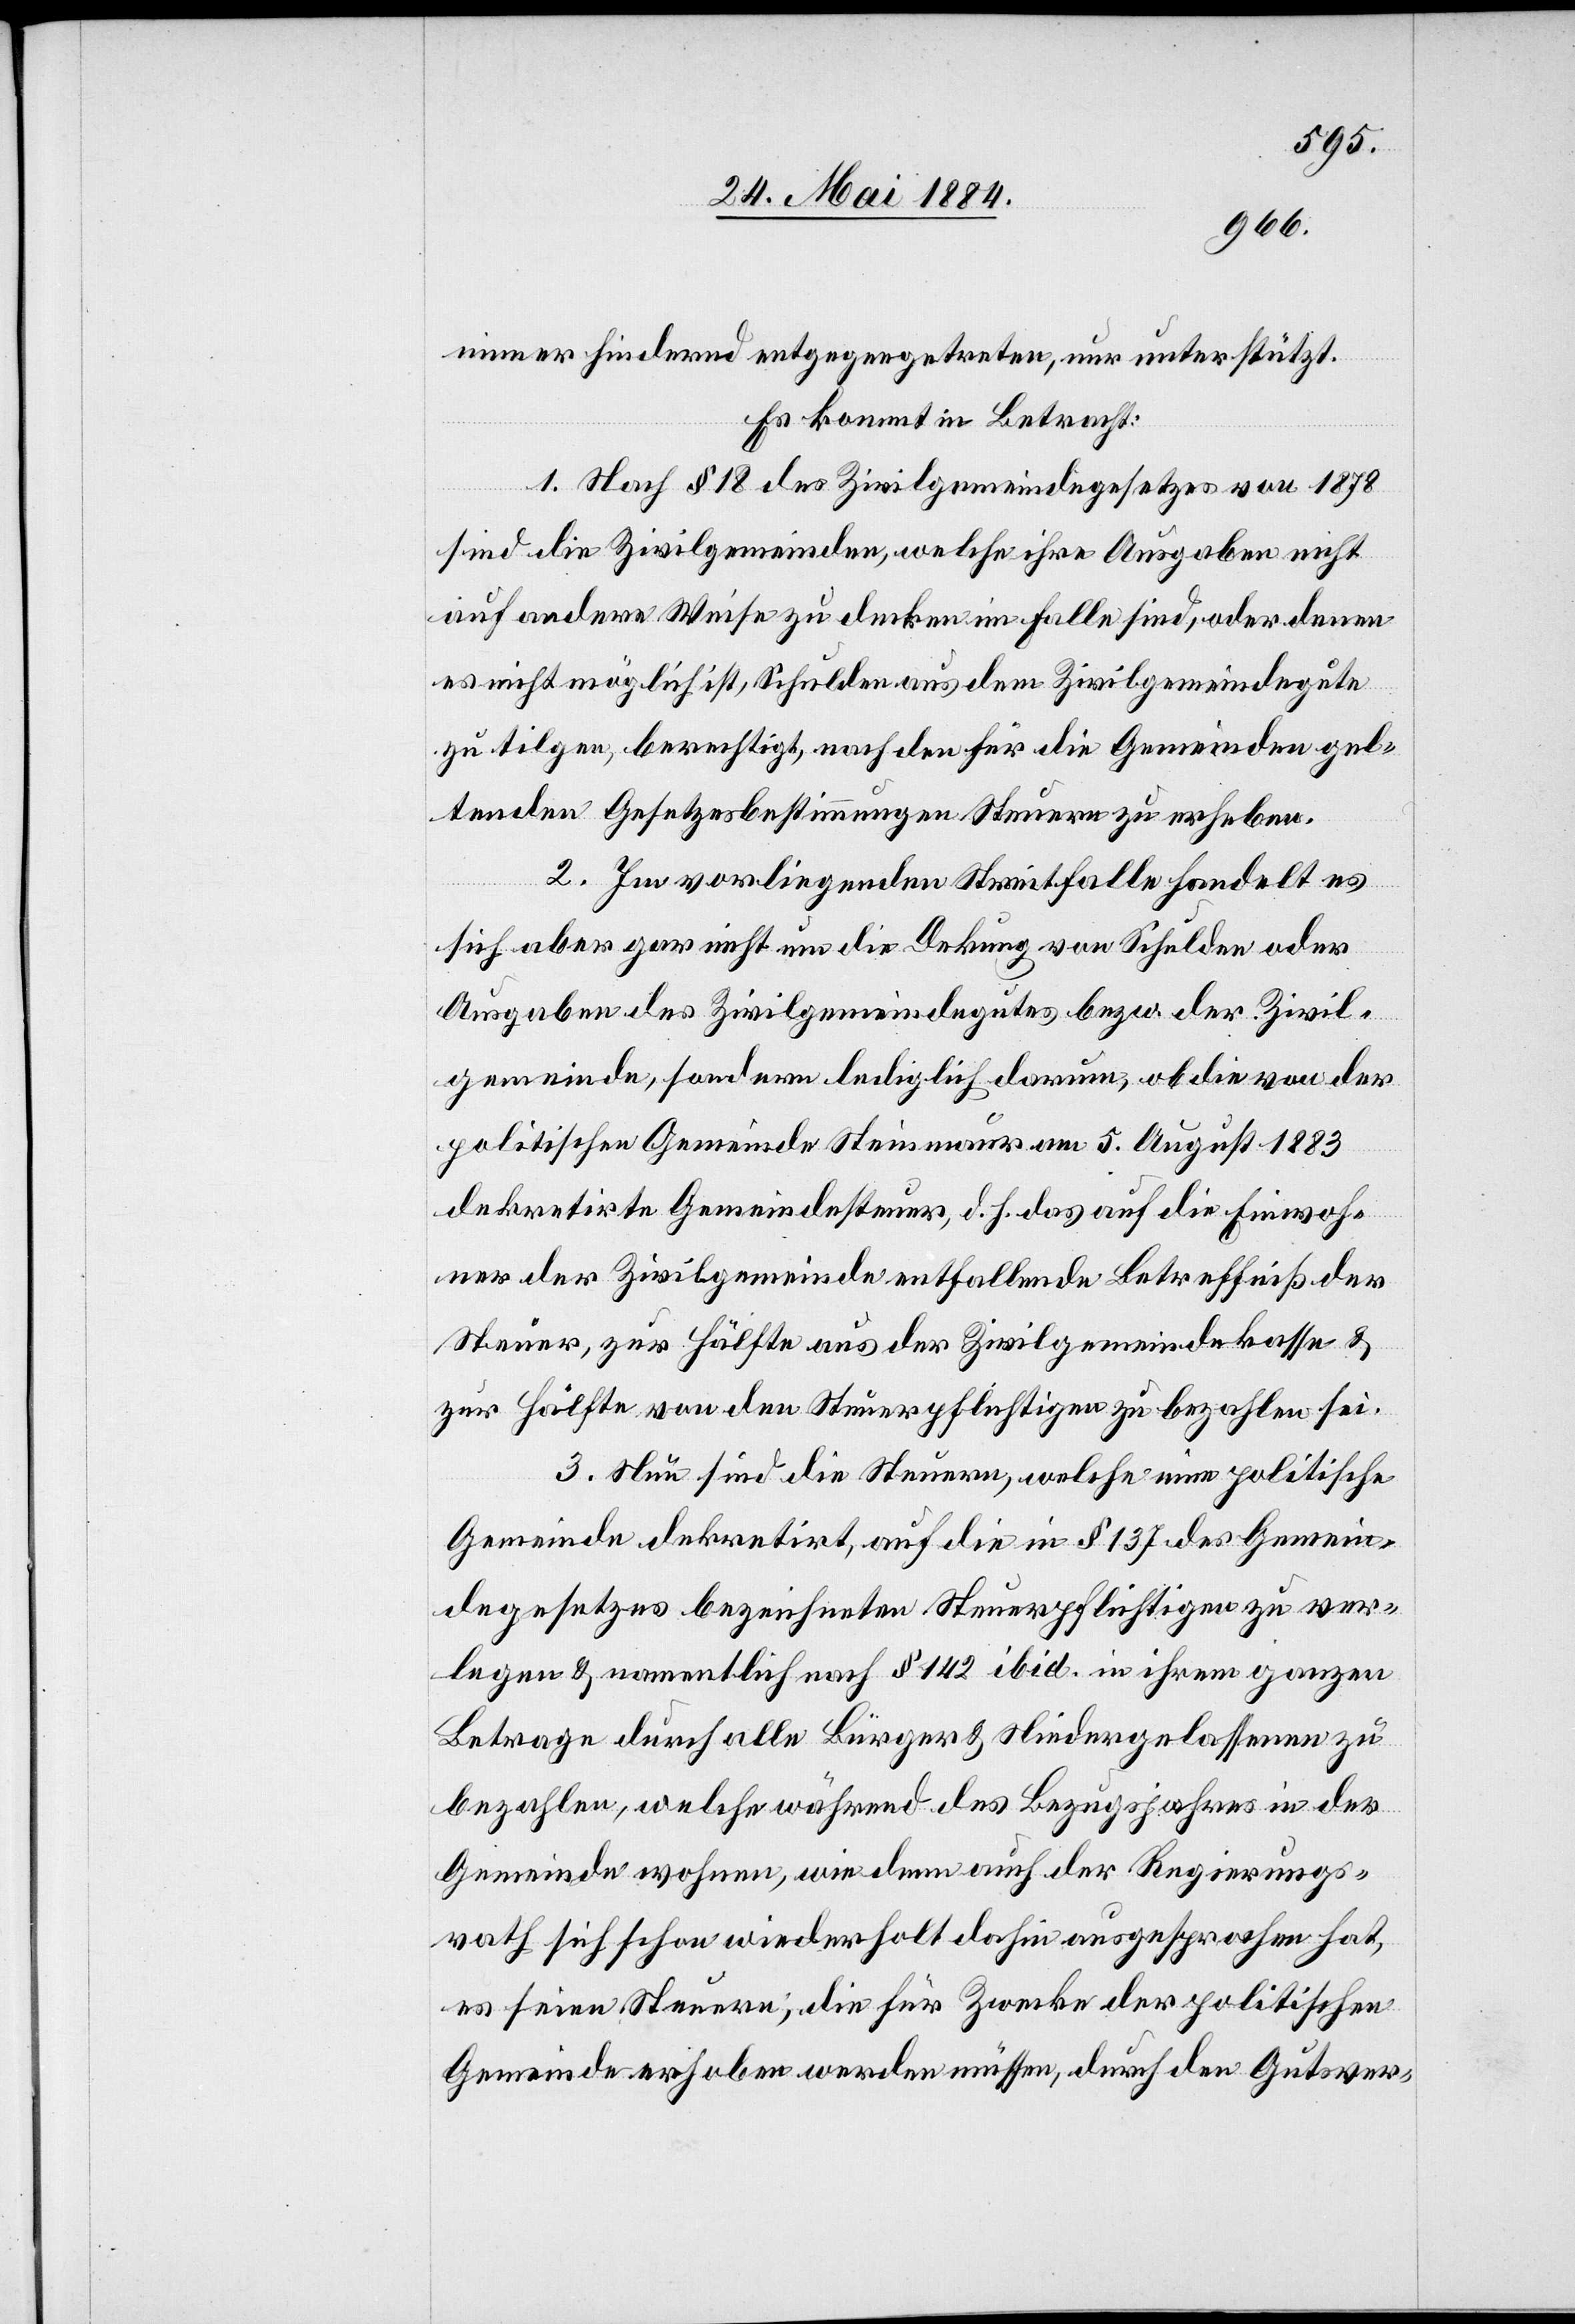
immer hindernd entgegentreten, nur unterstützt.
Es kommt in Betracht:
1. Nach § 18 des Zivilgemeindegesetztes von 1878
sind die Zivilgemeinden, welche ihre Ausgaben nicht
auf andere Weise zu decken im Falle sind, oder denen
es nicht möglich ist, Schulden aus dem Zivilgemeindegute
zu tilgen, berechtigt, nach den für die Gemeinden gel¬
tenden Gesetzesbestimmungen Steuern zu erheben.
2. Im vorliegenden Streitfalle handelt es
sich aber gar nicht um die Deckung von Schulden oder
Ausgaben des Zivilgemeindegutes bezw. der Zivil¬
gemeinde, sondern lediglich darum, ob die von der
politischen Gemeinde Steinmaur am 5. August 1883
dekretirte Gemeindesteuer, d. h. das auf die Einwoh¬
ner der Zivilgemeinde entfallende Betreffniß der
Steuer, zur Hälfte aus der Zivilgemeindekasse &
zur Hälfte von den Steuerpflichtigen zu bezahlen sei.
3. Neu sind die Steuern, welche eine politische
Gemeinde dekretirt, auf die in § 137 des Gemein¬
degesetzes bezeichneten Steuerpflichtigen zu ver¬
legen & namentlich nach § 142 ibid. in ihrem ganzen
Betrage durch alle Bürger & Niedergelassenen zu
bezahlen, welche während des Bezugsjahres in der
Gemeinde wohnen, wie denn auch der Regierungs¬
rath sich schon wiederholt dahin ausgesprochen hat,
es seien Steuern, die für Zwecke der politischen
Gemeinde erhoben werden müssen, durch den Gutsver-